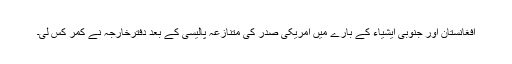
افغانستان اور جنوبی ایشیاء کے بارے میں امریکی صدر کی متنازعہ پالیسی کے بعد دفترخارجہ نے کمر کس لی۔